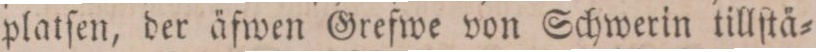
platſen, der äfwen Grefwe von Schwerin tillſtä=